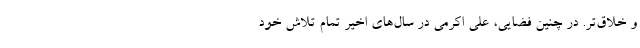
و خلاق‌تر. در چنین فضایی، علی اکرمی در سال‌های اخیر تمام تلاش خود